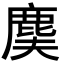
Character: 𪊐